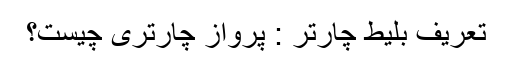
تعریف بلیط چارتر : پرواز چارتری چیست؟